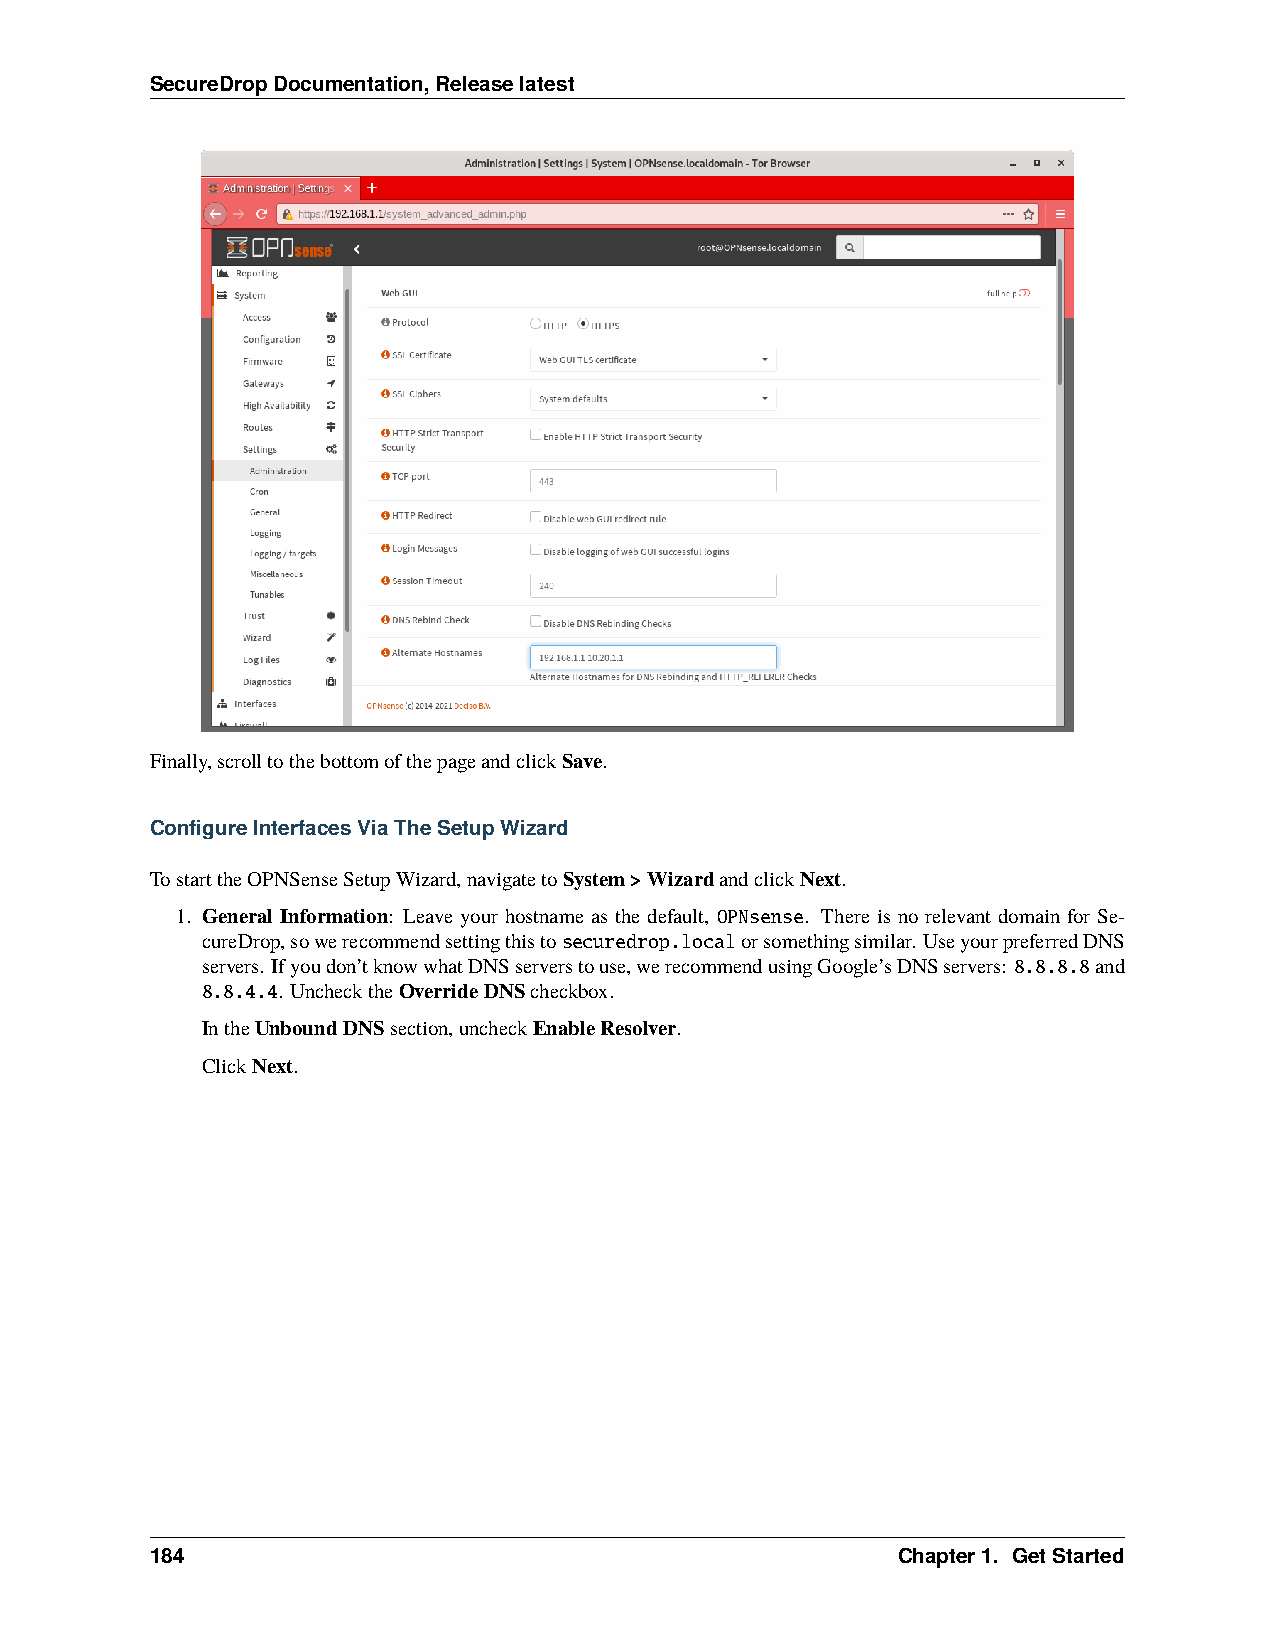
SecureDropDocumentation,Releaselatest
 Finally,scrolltothebottomofthepageandclickSave.
 ConfigureInterfacesViaTheSetupWizard
 TostarttheOPNSenseSetupWizard,navigatetoSystem>WizardandclickNext.
 1. General Information: Leave your hostname as the default, OPNsense. There is no relevant domain for Se-
 cureDrop,sowerecommendsettingthistosecuredrop.localorsomethingsimilar. UseyourpreferredDNS
 servers. Ifyoudon’tknowwhatDNSserverstouse,werecommendusingGoogle’sDNSservers: 8.8.8.8and
 8.8.4.4. UnchecktheOverrideDNScheckbox.
 IntheUnboundDNSsection,uncheckEnableResolver.
 ClickNext.
 184                                              Chapter1. GetStarted